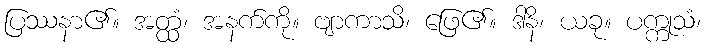
ပြဿနာ၏။ အတ္ထံ၊ အနက်ကို။ ဗျာကာသိ၊ ဖြေ၏။ ဒါနိ၊ ယခု။ ပက္ကုသံ၊